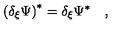
\left( \delta _ { \xi } \Psi \right) ^ { * } = \delta _ { \xi } \Psi ^ { * } \quad ,